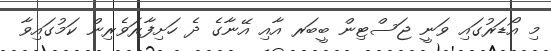
މި އޯޑަރުގައި ވަނީ ޖަސްޓިން ބީބަރ އާއި އޭނާގެ ދެ ހަށިފާރަވެރިން ކަމުގައިވާ